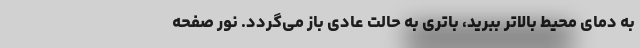
به دمای محیط بالاتر ببرید، باتری به حالت عادی باز می‌گردد. نور صفحه